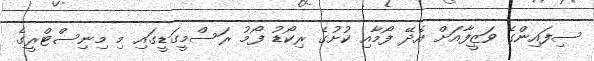
ސިފައިންގެ ވަޒީފާއަށް އެދޭ ފޯމާއި ކުށުގެ ރިކޯޑު ފޯމު ރަސްމީގަޑީގައި މި މިނިސްޓްރީގެ